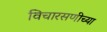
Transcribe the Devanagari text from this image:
विचारसणीच्या